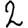
Digit: 2